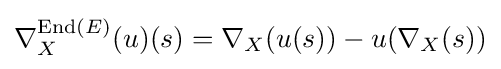
\nabla _{X}^{\operatorname {End} (E)}(u)(s)=\nabla _{X}(u(s))-u(\nabla _{X}(s))